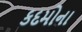
કદમોના